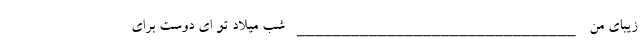
زیبای من _______________________________ شب میلاد تو ای دوست برای